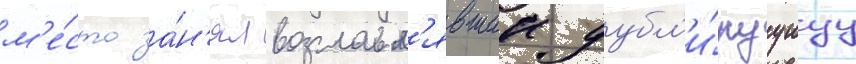
м'е́сто за́н'ял возглавл'явшии дубл'и́руущуу